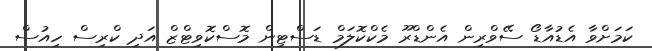
ކަމަށްވާ އެޑުއާޑޯ ސޭވްރިން އެންޑްރޫ މެކްކޮލަމް ޑަސްޓިން މޮސްކޮވިޓްޒް އަދި ކްރިސް ހިއުސް